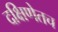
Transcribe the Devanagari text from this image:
दक्षिणेतच